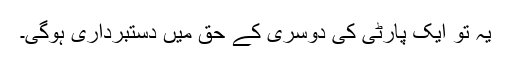
یہ تو ایک پارٹی کی دوسری کے حق میں دستبرداری ہوگی۔